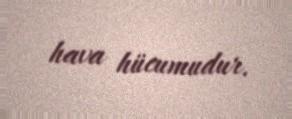
hava hücumudur.